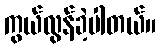
ကွယ်လွန်ခဲ့ပါတယ်။